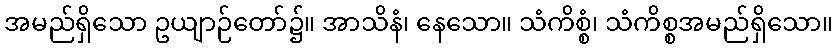
အမည်ရှိသော ဥယျာဉ်တော်၌။ အာသိနံ၊ နေသော။ သံကိစ္စံ၊ သံကိစ္စအမည်ရှိသော။